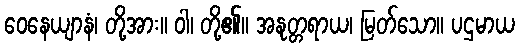
ဝေနေယျာနံ၊ တို့အား။ ဝါ၊ တို့၏။ အနုတ္တရာယ၊ မြတ်သော။ ပဌမာယ